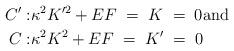
LaTeX: \begin{align*}C': & \kappa^ 2K'^2 +EF \; =\; K\; = \; 0 \hbox{and}\\C: & \kappa^ 2K^2 +EF \; =\; K'\; = \; 0 \end{align*}